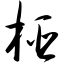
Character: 桠